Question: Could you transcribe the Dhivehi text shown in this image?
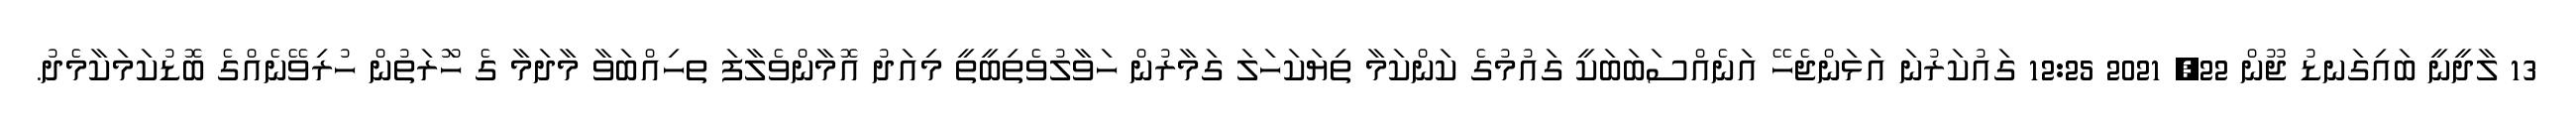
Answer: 13 ލާދީނީ ބައިގަނޑު ޖޫން 22, 2021 12:25 ގައުކަރުނަ އަޅަންޖެހޭ އަނެއްސަބަބަކީ ގައުމުގެ ކަންކަމާ ތިޔަކަހަލަ ގަމާރުން ހަވާލުވެތިބީތީ މިއަދު އޮމާންވެލާފަ ތހިއްބަވާ މާދަމާ ގެ ހަޫރަތުން ހުރިވޭނެއްގެ ބޮޑުކަމަކާމެދު.